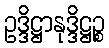
ဥဒ္ဒိဋ္ဌာနုဒ္ဒိဋ္ဌဉ္စ